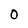
Character: 0